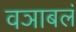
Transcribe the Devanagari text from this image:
वञाबलं